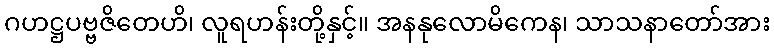
ဂဟဋ္ဌပဗ္ဗဇိတေဟိ၊ လူရဟန်းတို့နှင့်။ အနနုလောမိကေန၊ သာသနာတော်အား